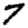
Digit: 7